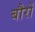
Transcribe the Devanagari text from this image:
बौरों